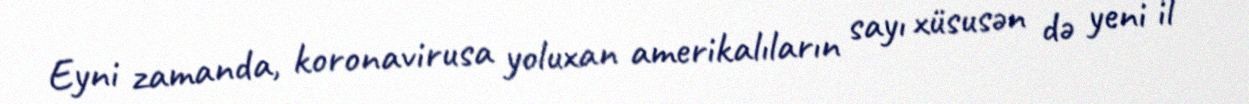
Eyni zamanda, koronavirusa yoluxan amerikalıların sayı xüsusən də yeni il